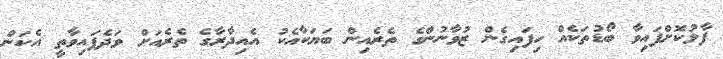
ފާޅުކޮށްފައިވާ ބޯޑުތަކެއް ހިފައިގެން ޒުވާނުންގެ ތެރެއިން ބަޔަކާއެކު އެއިދާރާގެ ތެރެއަށް ވަދެފައިވާތީ އެކަން